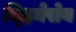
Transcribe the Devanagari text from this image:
च्हिनेसेय